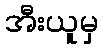
အီးယူမှ